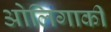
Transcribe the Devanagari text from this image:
ओलिगार्की